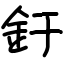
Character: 釪